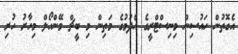
އެގޮތުން ހައުސިން މިނިސްޓްރީގެ އެދުމުގެ މަތިން މި ބީޗް މޭންހޯލް މިހާރު ހުރި